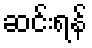
ဆင်းရန်